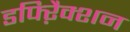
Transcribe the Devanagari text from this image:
डफ्ऱैिक्शन